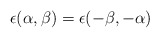
\begin{align*}\epsilon (\alpha,\beta ) = \epsilon (-\beta,-\alpha )\end{align*}